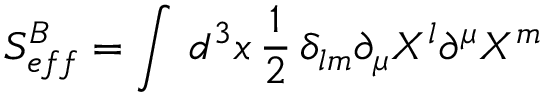
S _ { e f f } ^ { B } = \int \, d ^ { 3 } x \, \frac { 1 } { 2 } \, \delta _ { l m } \partial _ { \mu } X ^ { l } \partial ^ { \mu } X ^ { m }